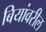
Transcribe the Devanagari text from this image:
बियांवरील